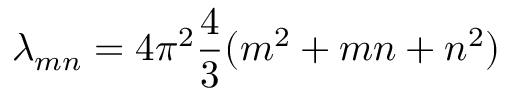
\lambda _ { m n } = 4 \pi ^ { 2 } { \frac { 4 } { 3 } } ( m ^ { 2 } + m n + n ^ { 2 } )